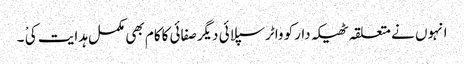
انہوں نے متعلقہ ٹھیکہ دارکو واٹرسپلائی دیگرصفائی کاکام بھی مکمل ہدایت کی ْ ۔